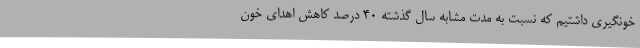
خونگیری داشتیم که نسبت به مدت مشابه سال گذشته 40 درصد کاهش اهدای خون